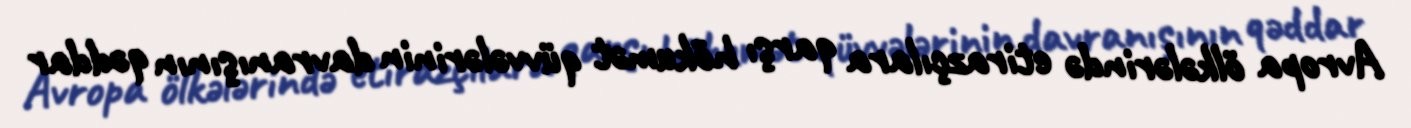
Avropa ölkələrində etirazçılara qarşı hökumət qüvvələrinin davranışının qəddar